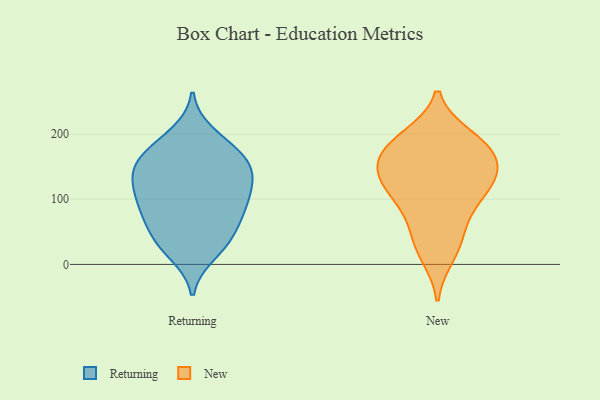
{"axis": {"x": "Website Visitors", "y": "Value"}, "legend": ["New", "Returning"], "data": [{"x": "", "y": 170, "type": "Returning"}, {"x": "", "y": 185, "type": "Returning"}, {"x": "", "y": 99, "type": "Returning"}, {"x": "", "y": 73, "type": "Returning"}, {"x": "", "y": 116, "type": "Returning"}, {"x": "", "y": 147, "type": "Returning"}, {"x": "", "y": 17, "type": "Returning"}, {"x": "", "y": 159, "type": "Returning"}, {"x": "", "y": 26, "type": "Returning"}, {"x": "", "y": 90, "type": "Returning"}, {"x": "", "y": 109, "type": "Returning"}, {"x": "", "y": 165, "type": "Returning"}, {"x": "", "y": 200, "type": "Returning"}, {"x": "", "y": 65, "type": "Returning"}, {"x": "", "y": 40, "type": "Returning"}, {"x": "", "y": 132, "type": "Returning"}, {"x": "", "y": 145, "type": "Returning"}, {"x": "", "y": 134, "type": "Returning"}, {"x": "", "y": 84, "type": "Returning"}, {"x": "", "y": 41, "type": "Returning"}, {"x": "", "y": 124, "type": "New"}, {"x": "", "y": 142, "type": "New"}, {"x": "", "y": 184, "type": "New"}, {"x": "", "y": 151, "type": "New"}, {"x": "", "y": 193, "type": "New"}, {"x": "", "y": 31, "type": "New"}, {"x": "", "y": 196, "type": "New"}, {"x": "", "y": 14, "type": "New"}, {"x": "", "y": 100, "type": "New"}, {"x": "", "y": 50, "type": "New"}, {"x": "", "y": 175, "type": "New"}, {"x": "", "y": 81, "type": "New"}, {"x": "", "y": 145, "type": "New"}, {"x": "", "y": 128, "type": "New"}, {"x": "", "y": 109, "type": "New"}, {"x": "", "y": 169, "type": "New"}]}